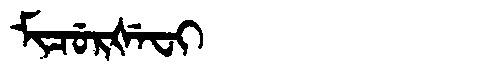
Manchu: ᠮᡳᠴᡠᡵᡧᡝᠸᡳ
Romanization: MICURŠEFI